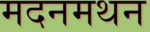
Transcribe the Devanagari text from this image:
मदनमथन